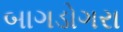
બાગડોગરા